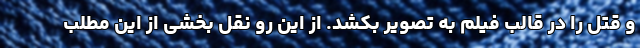
و قتل را در قالب فیلم به تصویر بکشد. از این رو نقل بخشی از این مطلب